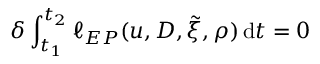
\delta \int _ { t _ { 1 } } ^ { t _ { 2 } } \ell _ { E P } ( u , D , \tilde { \xi } , \rho ) \, { \mathrm { d } } t = 0